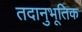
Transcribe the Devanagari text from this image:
तदानुभूतिक